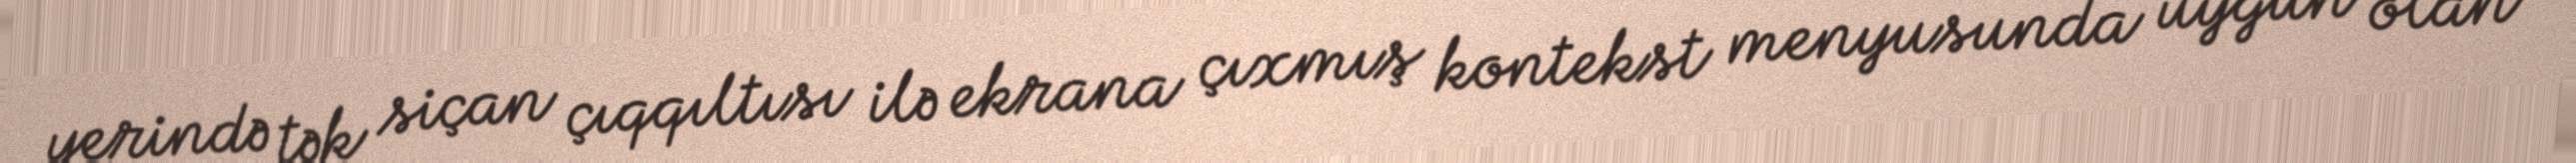
yerində tək siçan çıqqıltısı ilə ekrana çıxmış kontekst menyusunda uyğun olan